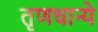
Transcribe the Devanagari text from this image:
तृणधान्ये